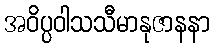
အဝိပ္ပဝါသသီမာနုဇာနနာ